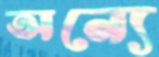
অন্যে